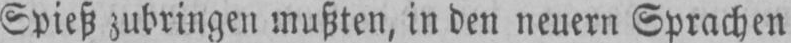
Spieß zubringen mußten, in den neuern Sprachen